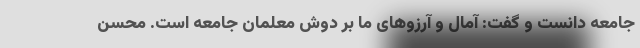
جامعه دانست و گفت: آمال و آرزوهای ما بر دوش معلمان جامعه است. محسن